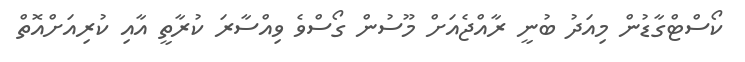
ކޯސްޓްގާޑުން މިއަދު ބުނީ ރާއްޖެއަށް މޫސުން ގޯސްވެ ވިއްސާރަ ކުރާތީ އާއި ކުރިއަށްއޮތް